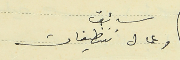
سائق وعمال تنظيفات